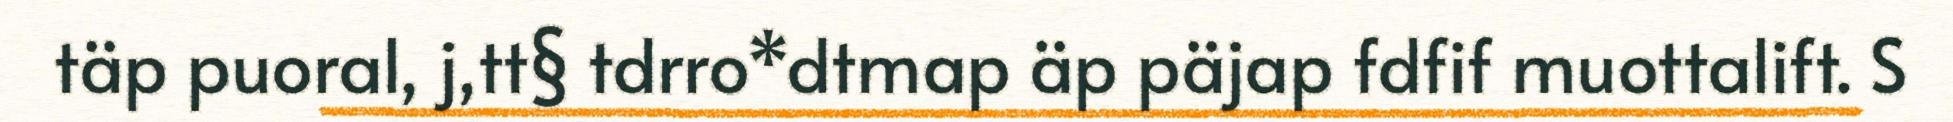
täp puoral, j,tt§ tdrro*dtmap äp päjap fdfif muottalift. S